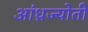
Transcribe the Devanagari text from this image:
आंध्रज्योती